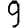
Digit: 9